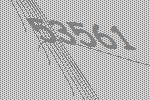
53561